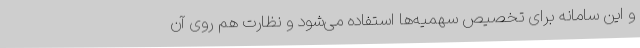
و این سامانه برای تخصیص سهمیه‌ها استفاده می‌شود و نظارت هم روی آن